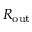
R _ { \mathrm { o u t } }